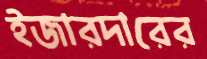
ইজারদারের